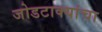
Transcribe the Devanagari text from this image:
जोडटाक्यांचा